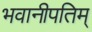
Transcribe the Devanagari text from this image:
भवानीपतिम्